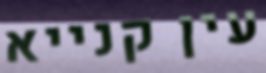
עין קנייא